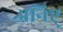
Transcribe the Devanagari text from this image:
अनिष्ट्